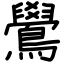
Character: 鷽